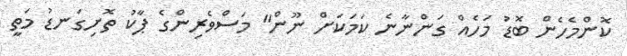
ކޮންމެހެން ބޮޑު މަހެއް ގަންނާނެ ކަމަކަށް ނޫން" މަސްވެރިންގެ ޕާކު ތޮށިގަނޑު މަތީ